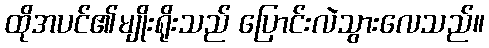
ထိုအပင်၏မျိုးရိုးသည် ပြောင်းလဲသွားလေသည်။